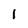
Character: l